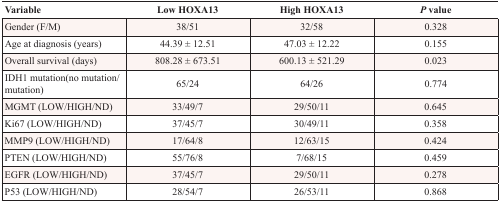
<table><thead><tr><td><b>Variable</b></td><td><b>Low HOXA13</b></td><td><b>High HOXA13</b></td><td><b><i>P</i> value</b></td></tr></thead><tbody><tr><td>Gender (F/M)</td><td>38/51</td><td>32/58</td><td>0.328</td></tr><tr><td>Age at diagnosis (years)</td><td>44.39 ± 12.51</td><td>47.03 ± 12.22</td><td>0.155</td></tr><tr><td>Overall survival (days)</td><td>808.28 ± 673.51</td><td>600.13 ± 521.29</td><td>0.023</td></tr><tr><td>IDH1 mutation(no mutation/mutation)</td><td>65/24</td><td>64/26</td><td>0.774</td></tr><tr><td>MGMT (LOW/HIGH/ND)</td><td>33/49/7</td><td>29/50/11</td><td>0.645</td></tr><tr><td>Ki67 (LOW/HIGH/ND)</td><td>37/45/7</td><td>30/49/11</td><td>0.358</td></tr><tr><td>MMP9 (LOW/HIGH/ND)</td><td>17/64/8</td><td>12/63/15</td><td>0.424</td></tr><tr><td>PTEN (LOW/HIGH/ND)</td><td>55/76/8</td><td>7/68/15</td><td>0.459</td></tr><tr><td>EGFR (LOW/HIGH/ND)</td><td>37/45/7</td><td>29/50/11</td><td>0.278</td></tr><tr><td>P53 (LOW/HIGH/ND)</td><td>28/54/7</td><td>26/53/11</td><td>0.868</td></tr></tbody></table>